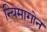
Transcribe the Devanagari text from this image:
न्यिमागोन